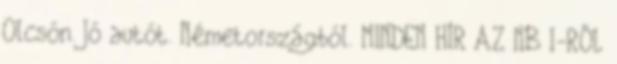
Olcsón. Jó autót. Németországból. MINDEN HÍR AZ NB I-RŐL